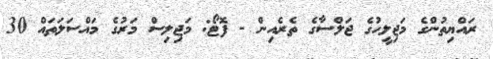
ރައްޔިތުންގެ މަޖިލީހުގެ ޖަލްސާގެ ތެރެއިން - ފޮޓޯ: މަޖިލިސް މަރުގެ މައްސަލަތައް 30